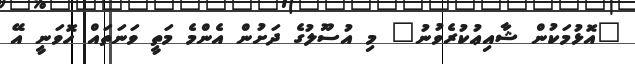
"އޮޅުމަކުން ޝާއިޢުކުރެވުނު" މި އުސޫލުގެ ދަށުން އެންމެ މަތީ ވަނަތައް ހޮވަނީ އޭ